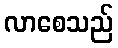
လာစေသည်